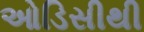
ઓડિસીથી